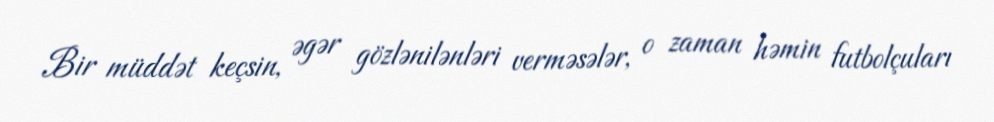
Bir müddət keçsin, əgər gözlənilənləri verməsələr, o zaman həmin futbolçuları